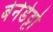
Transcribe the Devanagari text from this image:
बेनेडेट्टो